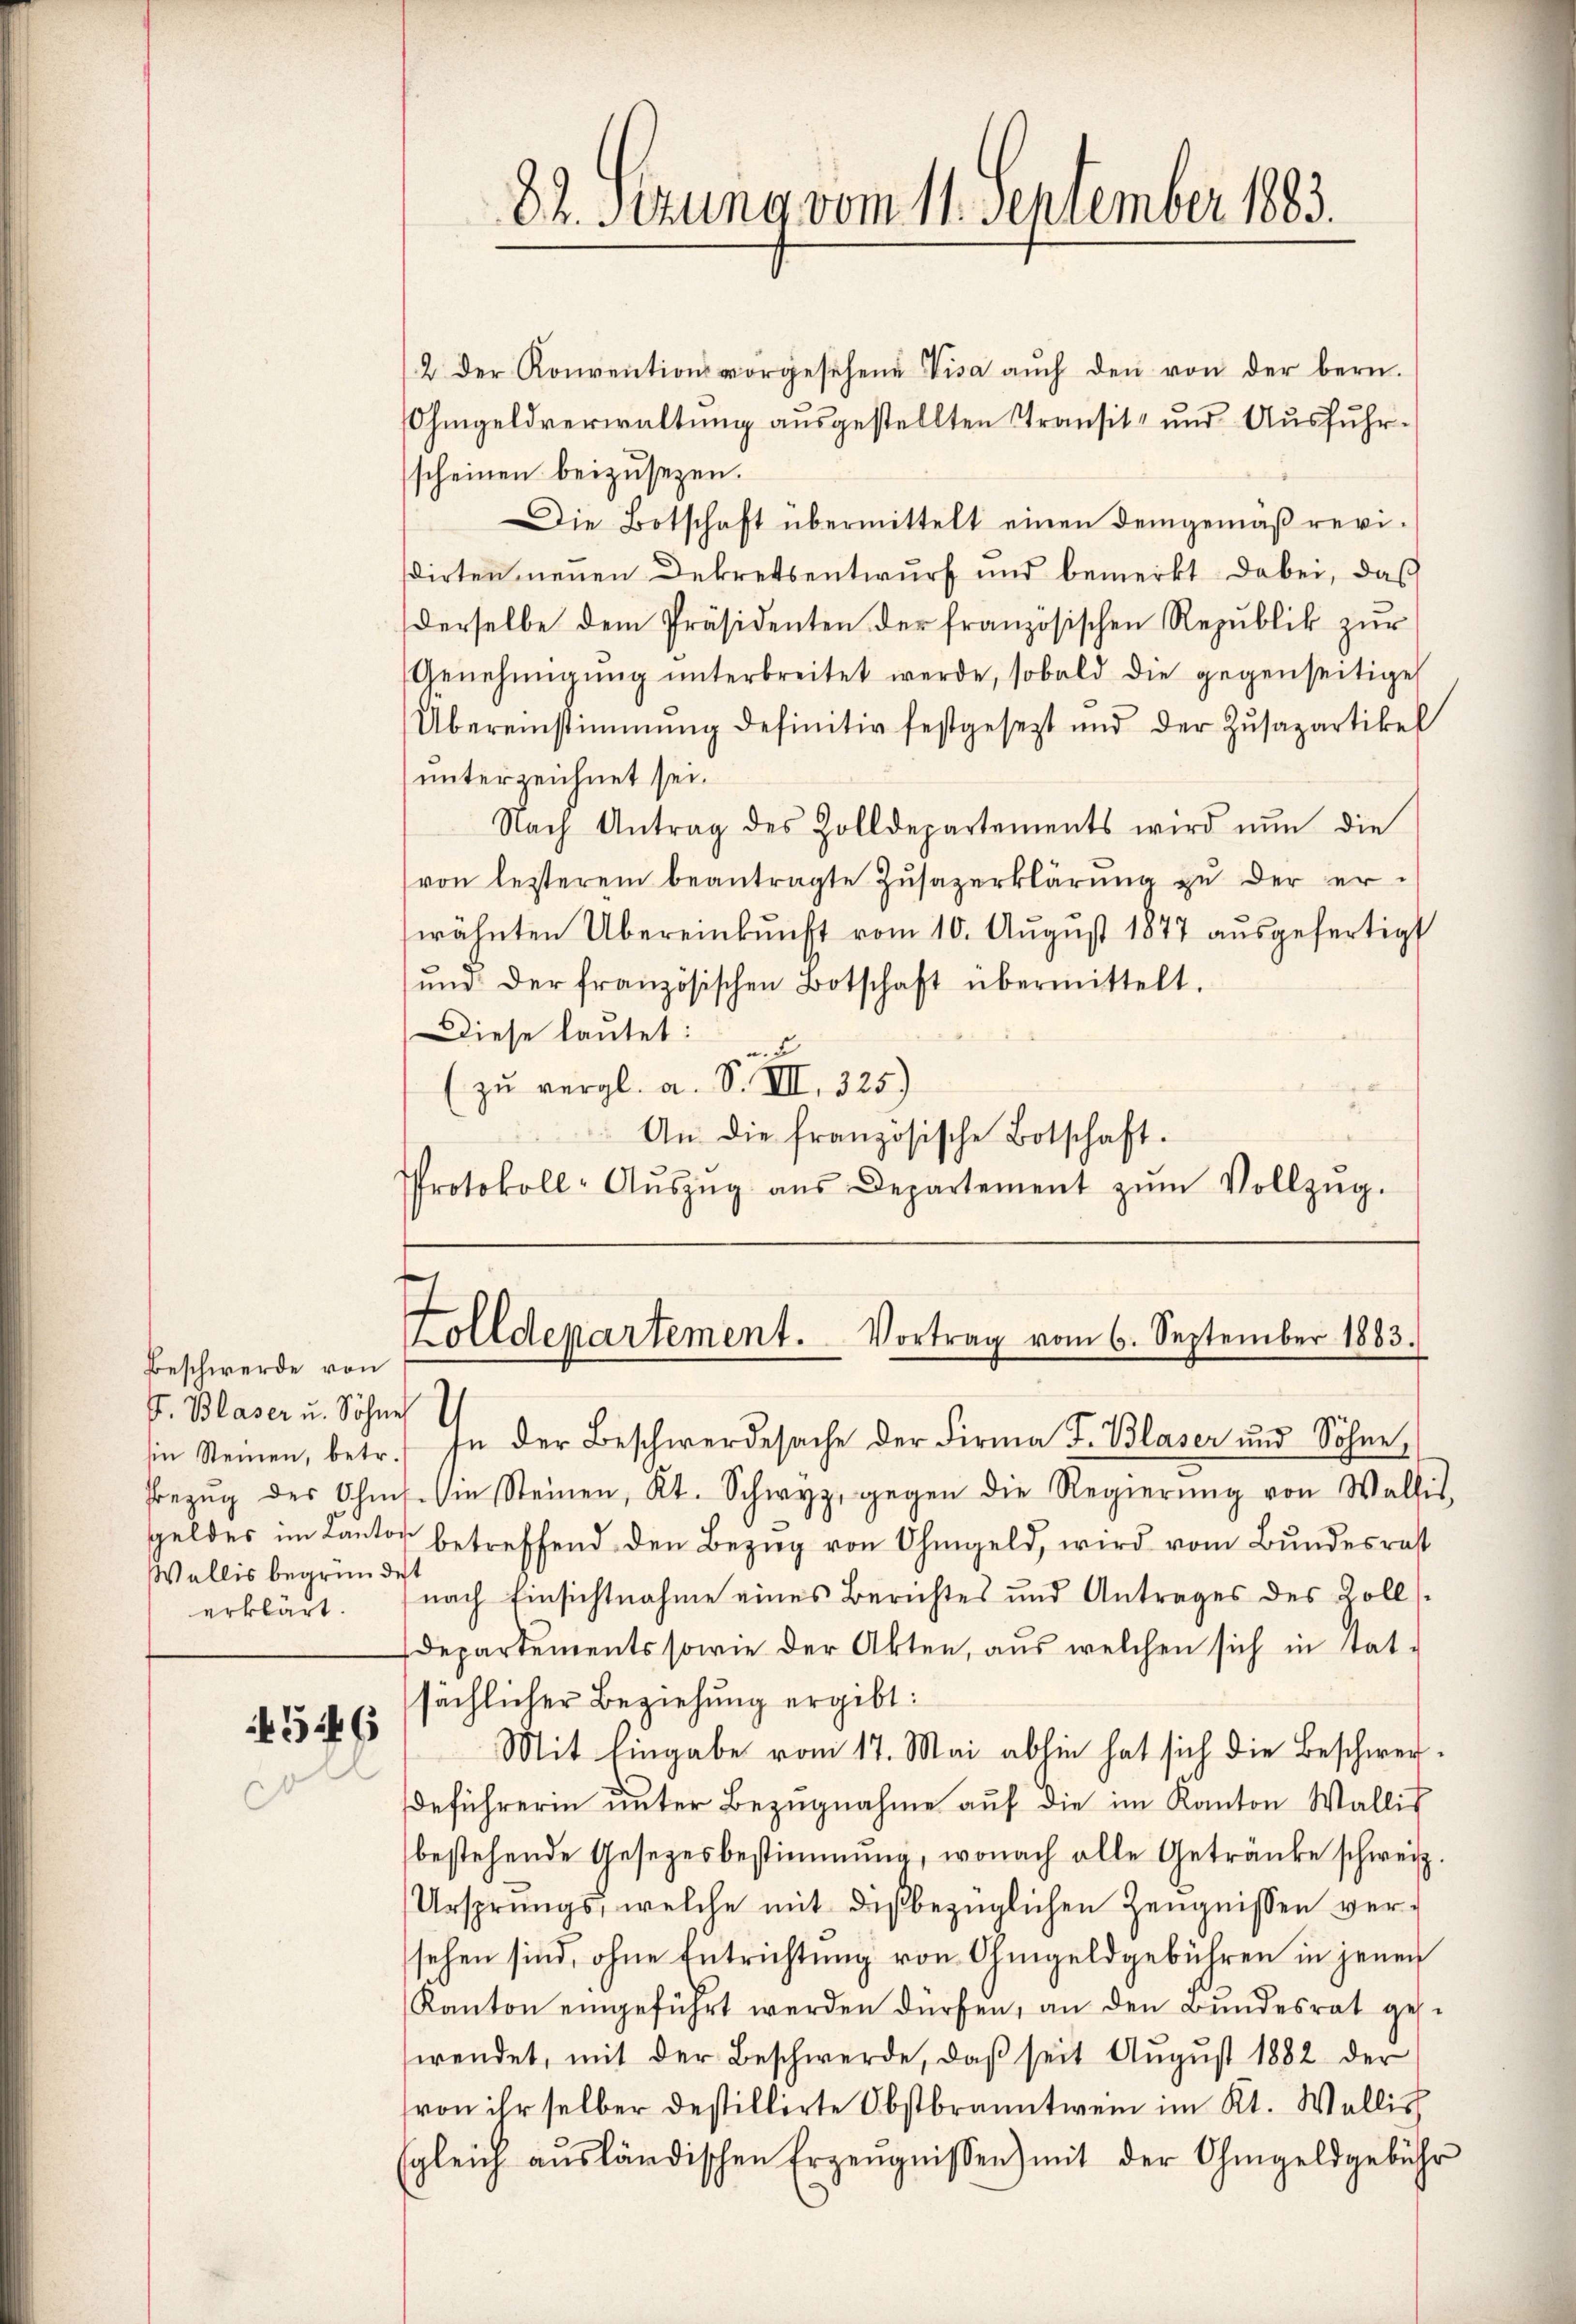
Beschwerde von
J. Blaser u. Söhne
Wallis begründet
erklärt.

546

Zolldepartement. Vortrag vom 6. September 1883.

82. Sitzung vom 11. September 1883.

2 der Konventionsvorgesehene Visa aŭch den von der bern.
Ohmgeldverwaltung ausgestellten Transit und Ausfuhrscheinen beizusezen.
Die Botschaft übermittelt einen demgemäβ revisdirten neuen Dekretsentwurf und bemerkt dabei, daß
derselbe dem Präsidenten der französischen Republik zŭr
Genehmigŭng ŭnterbreitet werde, sobald die gegenseitige
Übereinstimmung definitiv festgesezt und der Zŭsapartikel
unterzeichnet sei.
Nach Antrag des Zolldepartements wird nun die
von lezterem beantragte Zŭsazerklärŭng zŭ der er-
wähnten Übereinkunft vom 10. Aŭgŭst 1877 aŭsgefertigt
ŭnd der französischen Botschaft übermittelt.
Diese lautet:
(zu vergl. a. S. VII. 325)
An die französische Botschaft.
Protokoll-Aŭszŭg aŭs Departement zŭm Vollzŭg.

in Steinen, betr. In der Beschwerdesache der Firma J. Blaser und Söhne,
Bezŭg des Ohms. Sie Steinen, Kt. Schwyz, gegen die Regierŭng von Wallis,
geldes im Canton betreffend den Bezug von Ohmgeld, wird vom Bundesrat
nach Einsichtnahme eines Berichtes und Antrages des Zolls
Departements sowie der Akten, aus welchen sich in tat-
sächlicher Beziehung ergibt:
Mit Eingabe vom 17. Mai abhin hat sich die Beschwereführerin ŭnter Bezugnahme auf die im Kanton Wallis
bestehende Gesetzesbestimmung, wonach alle Getränke schweiz.
Ursprungs, welche mit dießbezüglichen Zeugnissen versehen sind, ohne Entrichtung von Ohmgeldgebühren in jenen
Kanton eingeführt werden dürfen, an den Bundesrat gese
wendet, mit der Beschwerde, daβ seit Aŭgŭst 1882 der
(von ihr selber destillirte Obstbranntwein im Kt. Wellich
(gleich aŭsländischen Erzeŭgnissen) mit der Ohmgeldgebühr